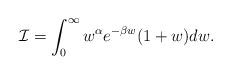
LaTeX: \begin{align*}&\mathcal{I}=\int^\infty_0 w^\alpha e^{-\beta w} (1+w) dw.\end{align*}